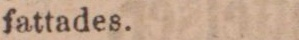
fattades.